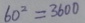
6 0 ^ { 2 } = 3 6 0 0